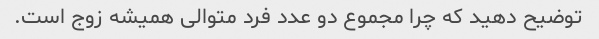
توضیح دهید که چرا مجموع دو عدد فرد متوالی همیشه زوج است.